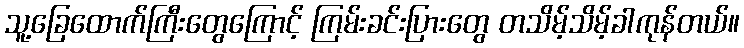
သူ့ခြေထောက်ကြီးတွေကြောင့် ကြမ်းခင်းပြားတွေ တသိမ့်သိမ့်ခါကုန်တယ်။